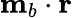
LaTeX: \mathbf{m}_{b}\cdot\mathbf{r}